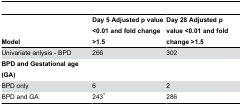
<table><thead><tr><td><b>Model</b></td><td><b>Day 5 Adjusted p value &lt;0.01 and fold change &gt;1.5</b></td><td><b>Day 28 Adjusted p value &lt;0.01 and fold change &gt;1.5</b></td></tr></thead><tbody><tr><td>Univariate anlysis - BPD </td><td>266</td><td>302</td></tr><tr><td><b>BPD and Gestational age (GA)</b></td><td></td><td></td></tr><tr><td>BPD only</td><td>6</td><td>2</td></tr><tr><td>BPD and GA</td><td>243*</td><td>286</td></tr></tbody></table>